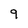
Character: 9